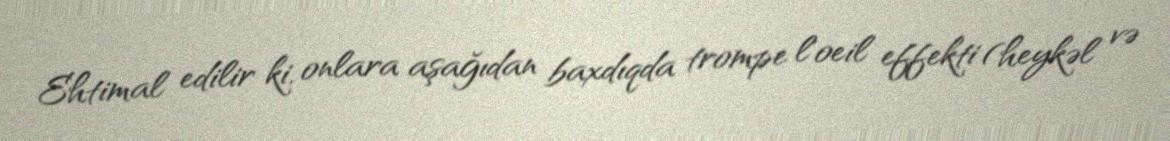
Ehtimal edilir ki, onlara aşağıdan baxdıqda trompe l'oeil effekti (heykəl və